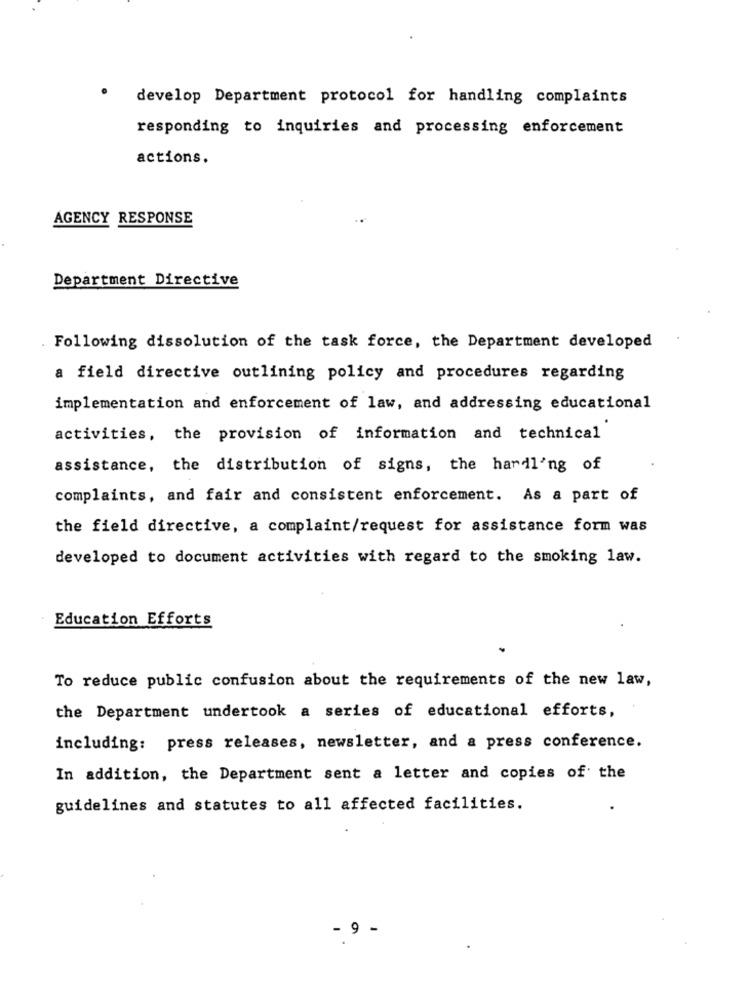
develop Department protocol for handling complaints
responding to inquiries and processing enforcement
actions.
AGENCY RESPONSE
Department Directive
Following dissolution of the task force, the Department developed
a field directive outlining policy and procedures regarding
implementation and enforcement of law, and addressing educational
activities, the provision of information and technical
assistance, the distribution of signs, the hardl'ng of
complaints, and fair and consistent enforcement. As a part of
the field directive, a complaint/request for assistance form was
developed to document activities with regard to the smoking law.
Education Efforts
To reduce public confusion about the requirements of the new law,
the Department undertook a series of educational efforts,
including: press releases, newsletter, and a press conference.
In addition, the Department sent a letter and copies of the
guidelines and statutes to all affected facilities.
9 -